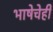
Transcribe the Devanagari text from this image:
भाषेचेही